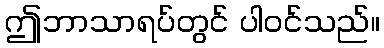
ဤဘာသာရပ်တွင် ပါဝင်သည်။